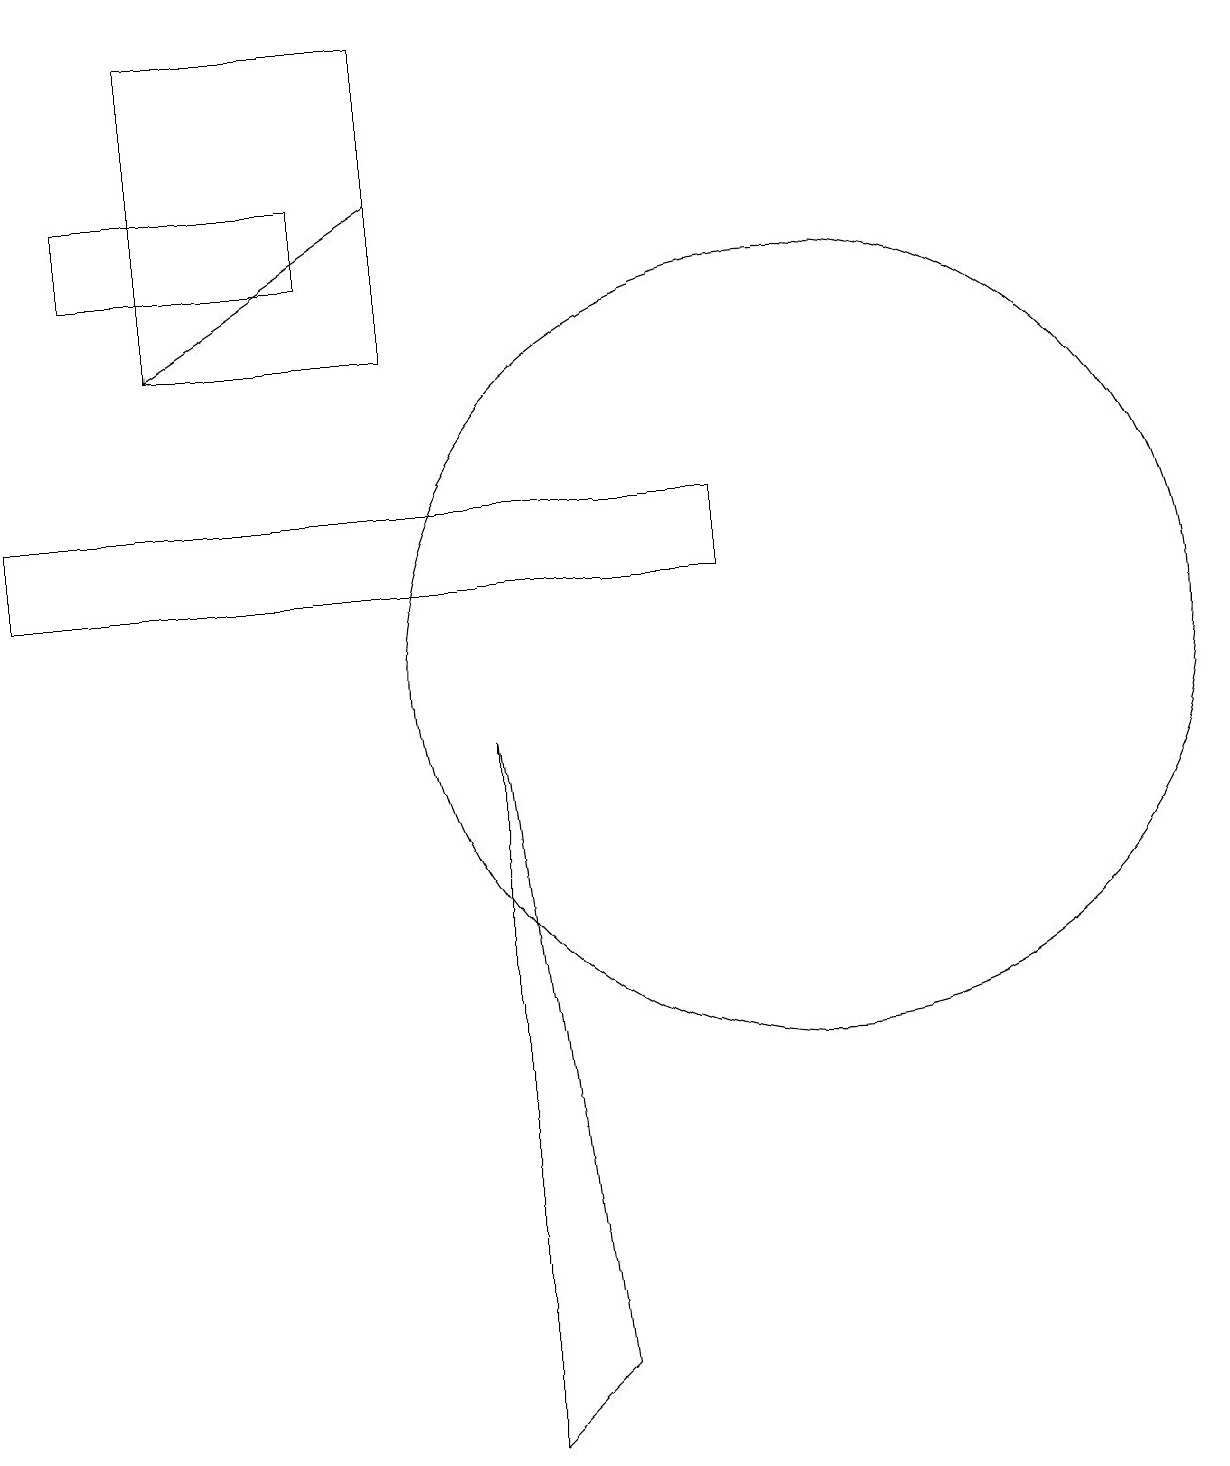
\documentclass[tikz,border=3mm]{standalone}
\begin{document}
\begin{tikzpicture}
\draw (7,1) -- (6,0) -- (6,9) -- cycle;
\draw (4,16) rectangle (1,15);
\draw[->] (5,16) -- (2,14);
\draw (10,10) circle (5);
\draw (0,12) rectangle (9,11);
\draw (5,18) rectangle (2,14);
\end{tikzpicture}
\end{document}